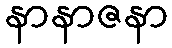
နာနာဇနာ